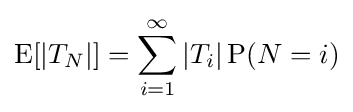
\operatorname {E} [|T_{N}|]=\sum _{i=1}^{\infty }|T_{i}|\operatorname {P} (N=i)